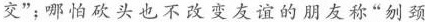
交”；哪怕砍头也不改变友谊的朋友称”刎颈